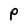
Character: P